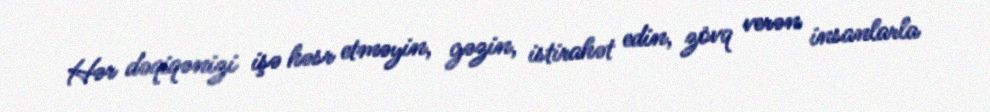
Hər dəqiqənizi işə həsr etməyin, gəzin, istirahət edin, zövq verən insanlarla